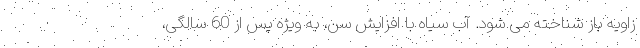
زاویه باز شناخته می شود. آب سیاه با افزایش سن، به ویژه پس از 60 سالگی،